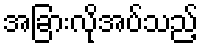
အခြားလိုအပ်သည့်